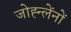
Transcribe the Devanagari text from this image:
जोह्न्लेंनों